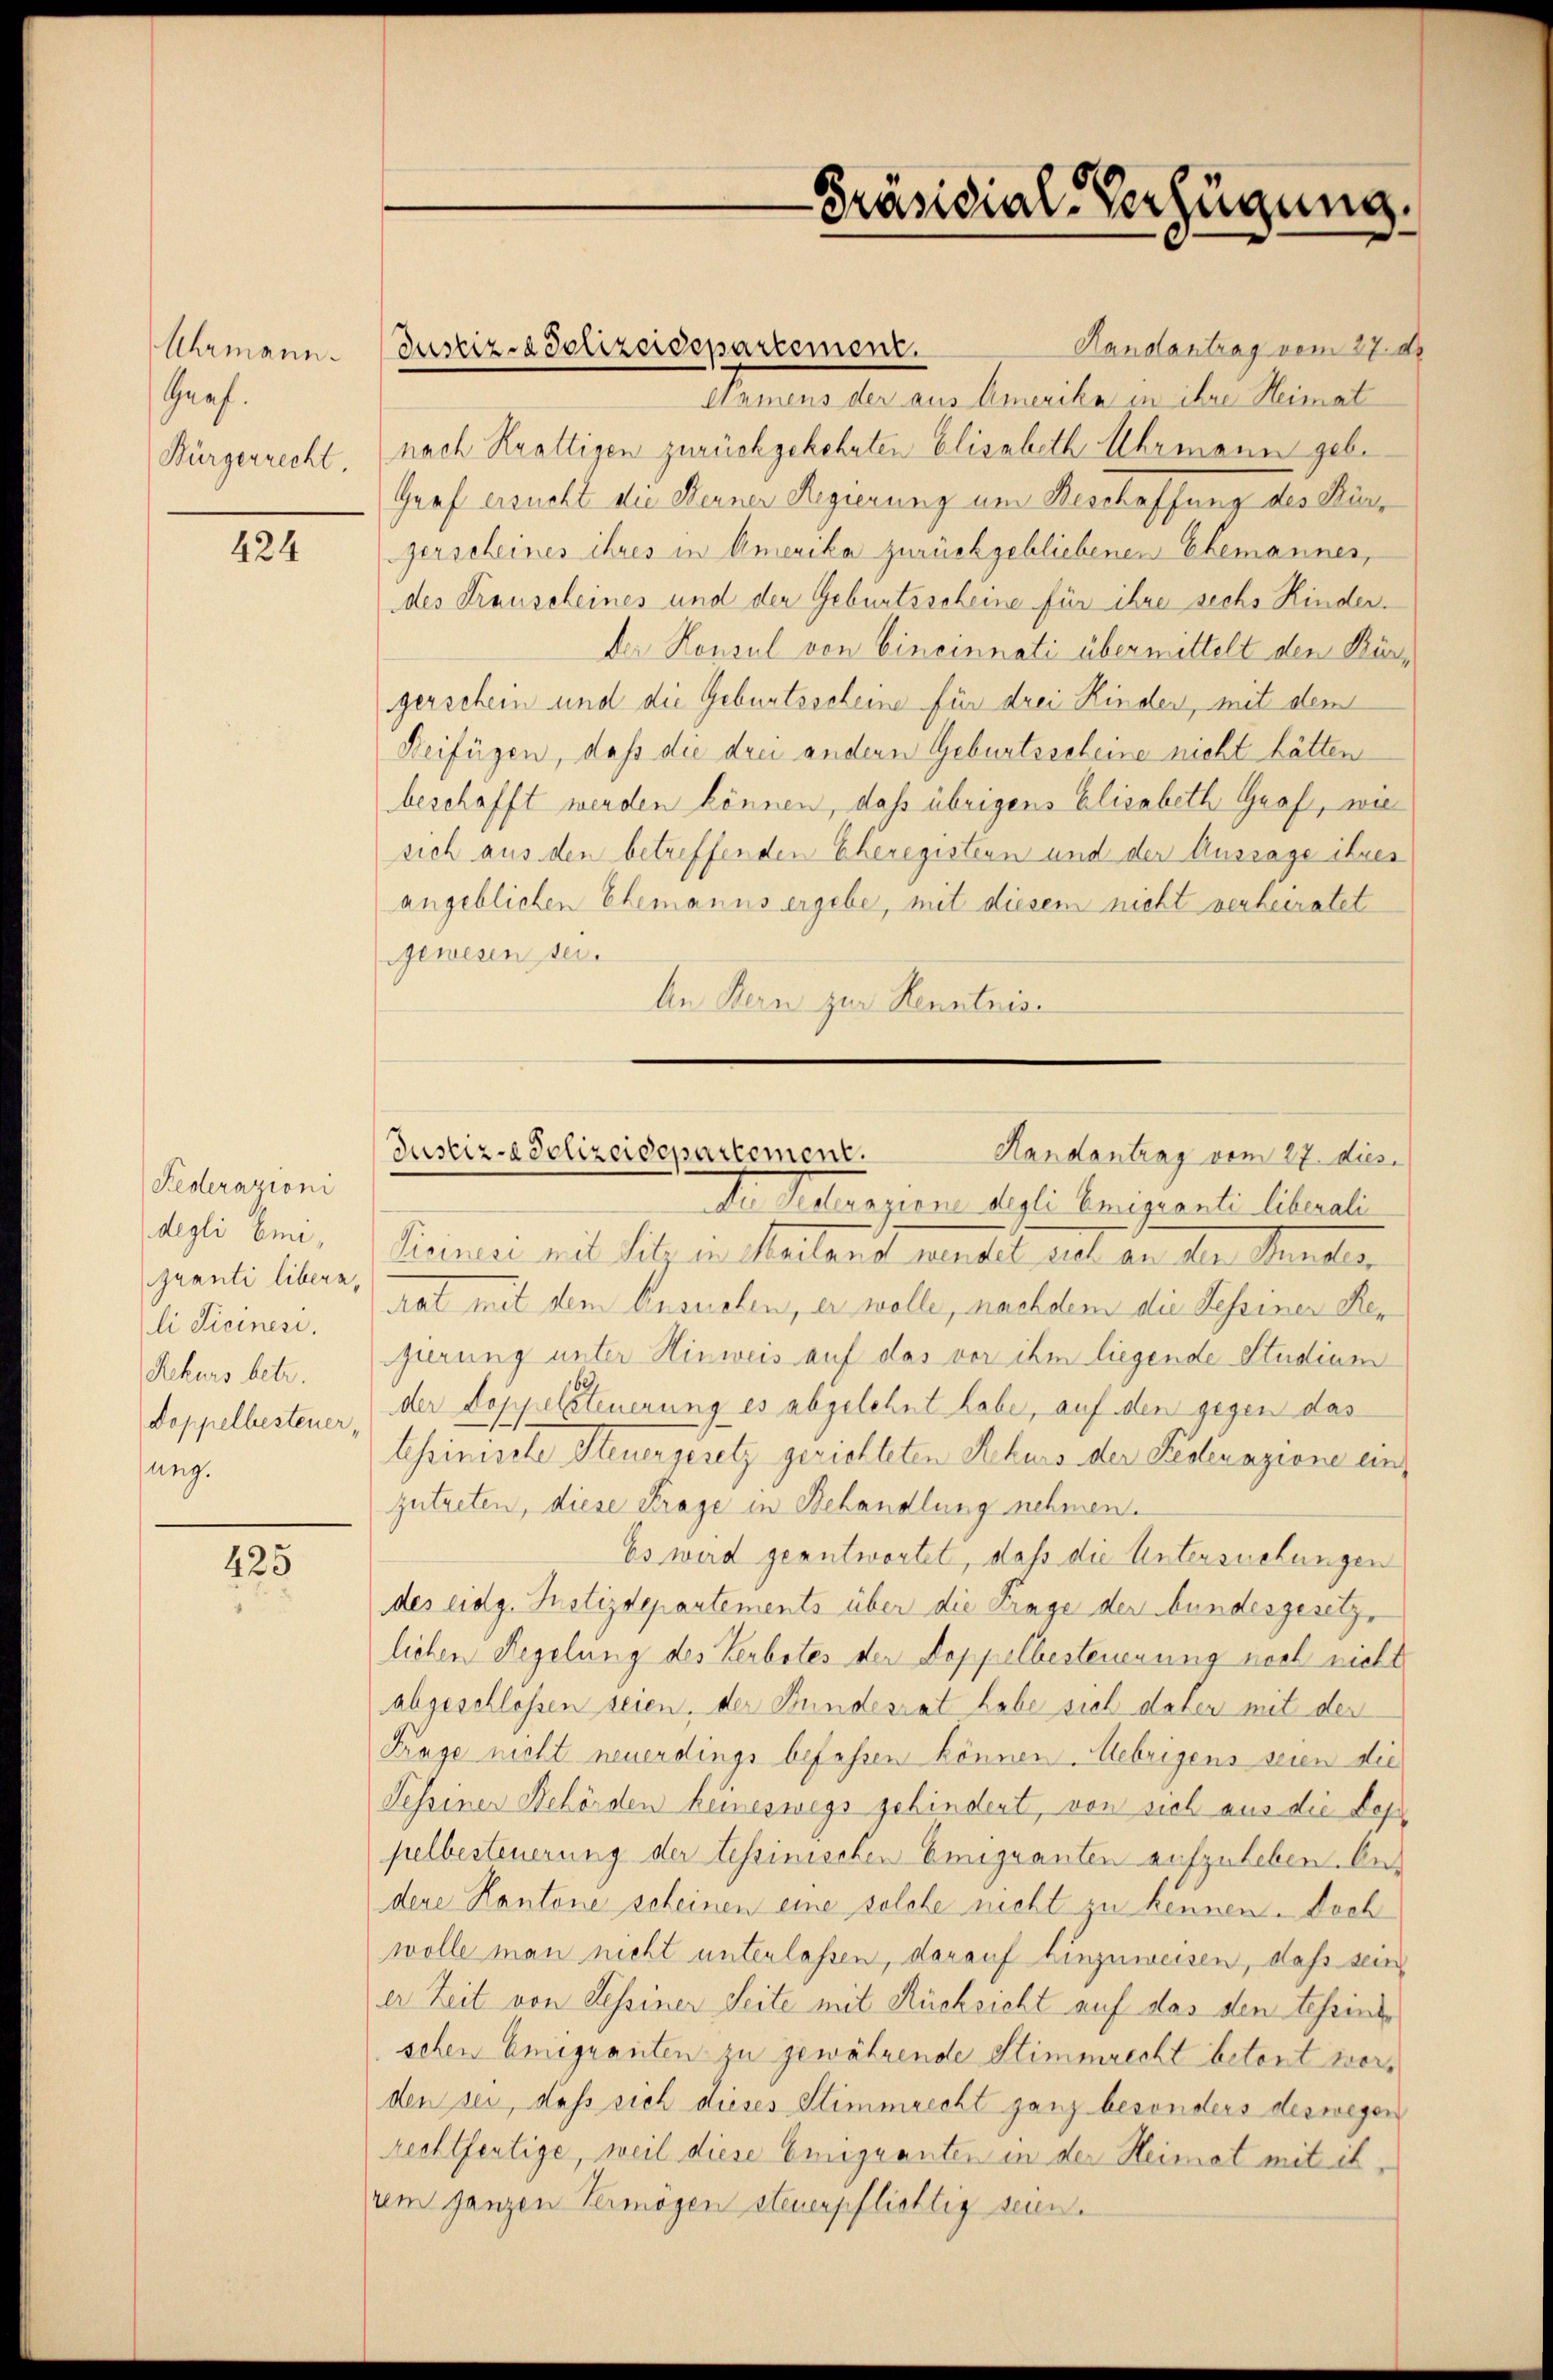
Uhrmann.
Graf.
Bürgerrecht.

424

Federazioni
degli bin,
quanti libern,
li Sicinesi.
Rekurs betr.
Doppelbesteuer,
sung.

425

Justiza Polizeidepartement.

Präsidial-Verfügung.

Justiz-Polizeidepartement.
Randantrag vom 27. dies

de Retragene Segli Emigranti liberali
Keinere mit die in chartens wundet sich an der Mander
trat mit dem Ansuchen, er wolle, nachdem die Sessiner Her
gierung unter Hinweis auf das vor ihm liegende Studium
der doppelsteuerung es abgelehnt habe, auf den gegen das
tessinische Steuergesetz gerichteten Rekurs der Fedenazione einzutreten, diese Frage in Behandlung nehmen.
Es wird geantwortet, daß die Untersuchungen
des eidg. Justizdepartements über die Frage der bundesgesetz,
lichen Regelung des Verbotes der Doppelbesteuerung noch nicht
abgeschlossen seien, der Bundesrat habe sich daher mit der
Frage nicht neuerdings befassen können. Mebrigens seien die
Sessiner Behörden keineswegs gehindert, von sich aus die dahpelbesteuerung der tessinischen Emigranten aufzuleben. Aus
dene Kantone scheinen eine solche nicht zu kennen. Doch
wolle man nicht unterlassen, darauf hinzuweisen, daß sein
er Zeit von Lessiner Seite mit Rücksicht auf das den Tessinte
schen Emigranten zu gewährende Stimmrecht betont worden sei, dass sich dieses Stimmrecht ganz besonders deswegen
rechtfertige, weil diese Emigranten in der Heimat mit ih
rem ganzen Vermögen steuerpflichtig seien.

Handantrag vom 27. d.
Namens der aus Amerika in ihre Heimat
nach Kaltigen zurückgekehrten Elisabeth Uhrmann geb.
Graf ersucht die Ferner Regierung um Beschaffung des Bürgerscheines ihres in Amerika zurückgebliebenen Ehemannes,
des Frauscheines und der Geburtsscheine für ihre sechs Kinder.
der Konsul von Cincinnati übermittelt den Bürgerschein und die Geburtsscheine für drei Kinden, mit dem
Reifügen, daß die drei andern Geburtsscheine nicht hätten
beschafft werden können, daß übrigens Elisabeth Graf, wie
sich aus den betreffenden Eheregistern und der Aussage ihres
angeblichen Ehemanns ergebe, mit diesem nicht verheiratet
gewesen sei.
An Kern zur Kenntnis